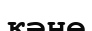
кәне